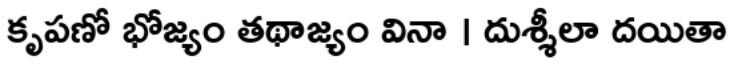
కృపణో భోజ్యం తథాజ్యం వినా । దుశ్శీలా దయితా